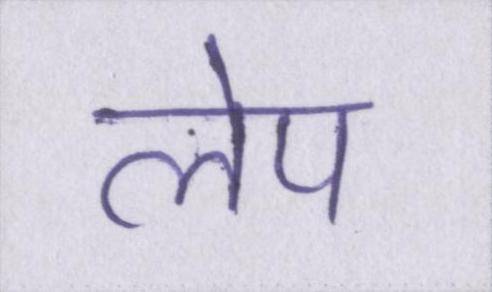
लेप